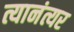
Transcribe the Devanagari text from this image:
त्यानंत्यर